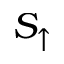
S _ { \uparrow }